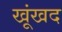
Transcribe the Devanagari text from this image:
खूंखद